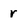
Character: r